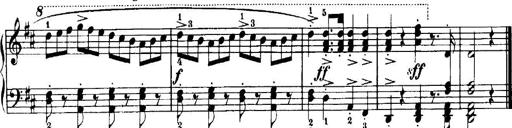
Title: 7 Sonatinas
Composer: Anton Diabelli